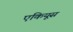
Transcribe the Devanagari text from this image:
एकियूस